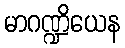
မာဂဏ္ဍိယေန